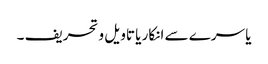
یا سرے سے انکار یا تاویل و تحریف ۔